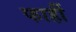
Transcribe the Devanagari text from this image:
फार्ही